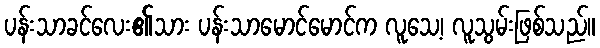
ပန်းသာခင်လေး၏သား ပန်းသာမောင်မောင်က လူသေ့၊ လူသွမ်းဖြစ်သည်။